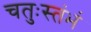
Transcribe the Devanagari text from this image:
चतुःस्तंभं